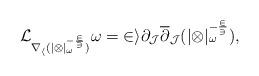
LaTeX: \begin{align*} \cal{L}_{\nabla_h (|\Omega|_{\omega}^{-\frac{2}{3}})} \omega = 2i \partial_J \overline{\partial}_J (|\Omega|_{\omega}^{-\frac{2}{3}}), \end{align*}